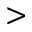
>